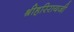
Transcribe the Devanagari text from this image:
श्रीहरिरायजी